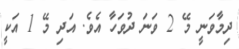
ދިމާވަނީ މޭ 2 ވަނަ ދުވަހާ އެވެ. އަދި މޭ 1 އަކީ